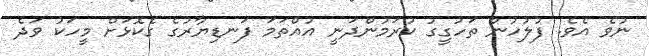
ނުވެ އެވެ. ފުލުހުން ތަހުގީގު ކުރަމުންދަނީ އުއްތަމަ ފަނޑިޔާރުގެ ގެކޮޅަށް މީހަކު ވަދެ